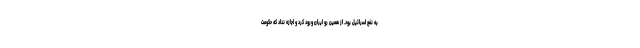
به نفع اسرائیل بود. از همین رو ایران ورود کرد و اجازه نداد که حکومت